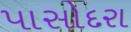
પાસોદરા